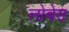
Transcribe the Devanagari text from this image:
लोबेरा